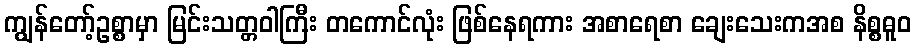
ကျွန်တော့်ဥစ္စာမှာ မြင်းသတ္တဝါကြီး တကောင်လုံး ဖြစ်နေရကား အစာရေစာ ချေးသေးကအစ နိစ္စဓူဝ